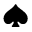
\spadesuit